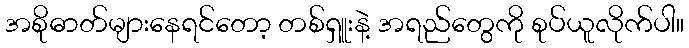
အစိုဓာတ်များနေရင်တော့ တစ်ရှူးနဲ့ အရည်တွေကို စုပ်ယူလိုက်ပါ။